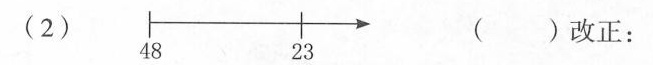
（2）（）改正：